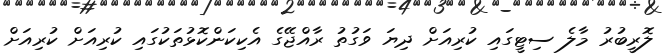
ލޮރީބުރު މާލެ ސިޓީގައި ކުރިއަށް ދިޔަ ވަގުތު ރާއްޖޭގެ އެކިކަންކޮޅުތަކުގައި ކުރިއަށް ކުރިއަށް